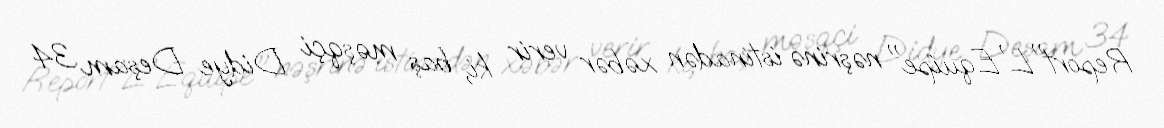
Report"L'Equipe" nəşrinə istinadən xəbər verir ki, baş məşqçi Didye Deşam 34